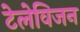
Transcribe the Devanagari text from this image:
टेलेविजन